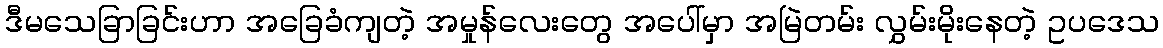
ဒီမသေခြာခြင်းဟာ အခြေခံကျတဲ့ အမှုန်လေးတွေ အပေါ်မှာ အမြဲတမ်း လွှမ်းမိုးနေတဲ့ ဥပဒေသ